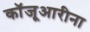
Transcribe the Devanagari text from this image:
कॉजूआरीना